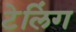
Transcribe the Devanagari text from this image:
टेलिंग